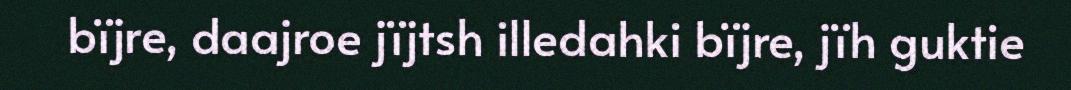
bïjre, daajroe jïjtsh illedahki bïjre, jïh guktie